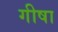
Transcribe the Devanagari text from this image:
गीषा